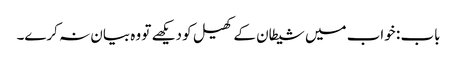
باب : خواب میں شیطان کے کھیل کو دیکھے تو وہ بیان نہ کرے۔